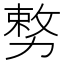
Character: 𭄺